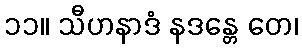
၁၁။ သီဟနာဒံ နဒန္တေ တေ၊